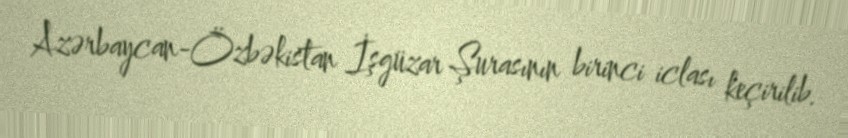
Azərbaycan-Özbəkistan İşgüzar Şurasının birinci iclası keçirilib.